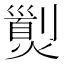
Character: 𤎾